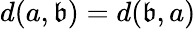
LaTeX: d(a,\mathfrak{b})=d(\mathfrak{b},a)